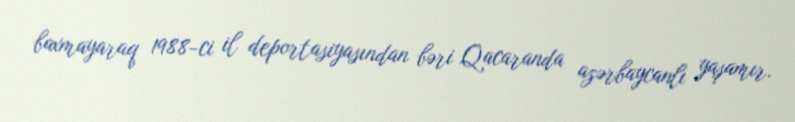
baxmayaraq 1988-ci il deportasiyasından bəri Qacaranda azərbaycanlı yaşamır.